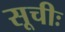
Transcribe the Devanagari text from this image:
सूचीः